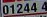
01244 4